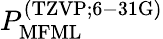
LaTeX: P_{\mathrm{MFML}}^{\mathrm{(TZVP;6-31G)}}